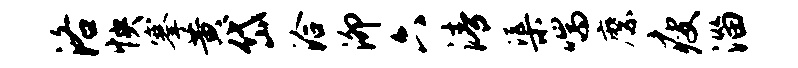
洛怏搴黄岱洽泖六清渠喘縻瘦淄